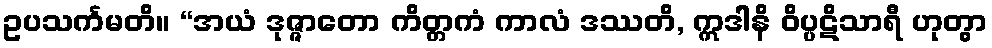
ဥပသင်္ကမတိ။ “အယံ ဒုဇ္ဇာတော ကိတ္တကံ ကာလံ ဒဿတိ, ဣဒါနိ ဝိပ္ပဋိသာရီ ဟုတွာ